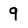
Character: 9